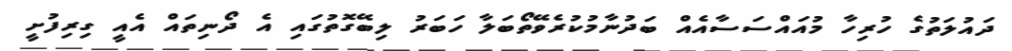
ދައުލަތުގެ ހުރިހާ މުއައްސަސާއެއް ބަދުނާމުކުރެވޭތޯބަލާ ހަބަރު ލިބޭގޮތުގައި އެ ދޯނިތައް އެއީ ގިރިފުށީ